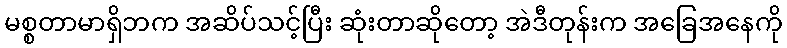
မစ္စတာမာရှိဘက အဆိပ်သင့်ပြီး ဆုံးတာဆိုတော့ အဲဒီတုန်းက အခြေအနေကို